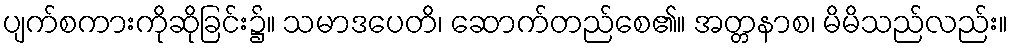
ပျက်စကားကိုဆိုခြင်း၌။ သမာဒပေတိ၊ ဆောက်တည်စေ၏။ အတ္တနာစ၊ မိမိသည်လည်း။